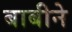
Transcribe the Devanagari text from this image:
बाबीने